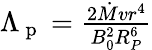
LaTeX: \begin{array}{r}{\Lambda_{\mathrm{~p~}}=\frac{2\dot{M}vr^{4}}{B_{0}^{2}R_{P}^{6}}}\end{array}